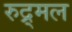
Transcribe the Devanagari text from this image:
रुद्र्मल